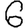
Digit: 6